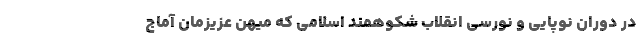
در دوران نوپایی و نورسی انقلاب شکوهمند اسلامی که میهن عزیزمان آماج